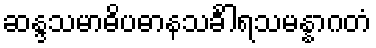
ဆန္ဒသမာဓိပဓာနသင်္ခါရသမန္နာဂတံ